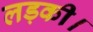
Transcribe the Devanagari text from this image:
लड़की।